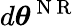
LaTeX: d{\boldsymbol{\theta}}^{\mathrm{~N~R~}}